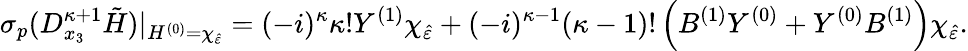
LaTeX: \sigma_{p}(D_{x_{3}}^{\kappa+1}\tilde{H})\vert_{H^{(0)}=\chi_{\hat{\varepsilon}}}=(-i)^{\kappa}\kappa!Y^{(1)}\chi_{\hat{\varepsilon}}+(-i)^{\kappa-1}(\kappa-1)!\left(B^{(1)}Y^{(0)}+Y^{(0)}B^{(1)}\right)\chi_{\hat{\varepsilon}}.